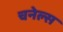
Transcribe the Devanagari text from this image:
चनेल्स